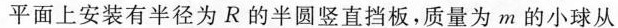
平面上安装有半径为R的半圆竖直挡板，质量为m的小球从